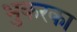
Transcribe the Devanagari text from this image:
भुकरका